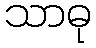
သာဓု